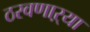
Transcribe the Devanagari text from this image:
ठरवणाऱ्या